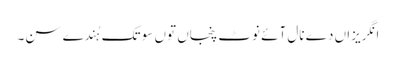
انگریزاں دے نال آئے نوٹ پنجاں توں سو تک ہُندے سن۔